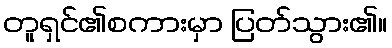
တူရှင်၏စကားမှာ ပြတ်သွား၏။